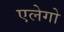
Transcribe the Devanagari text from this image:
एलेगो